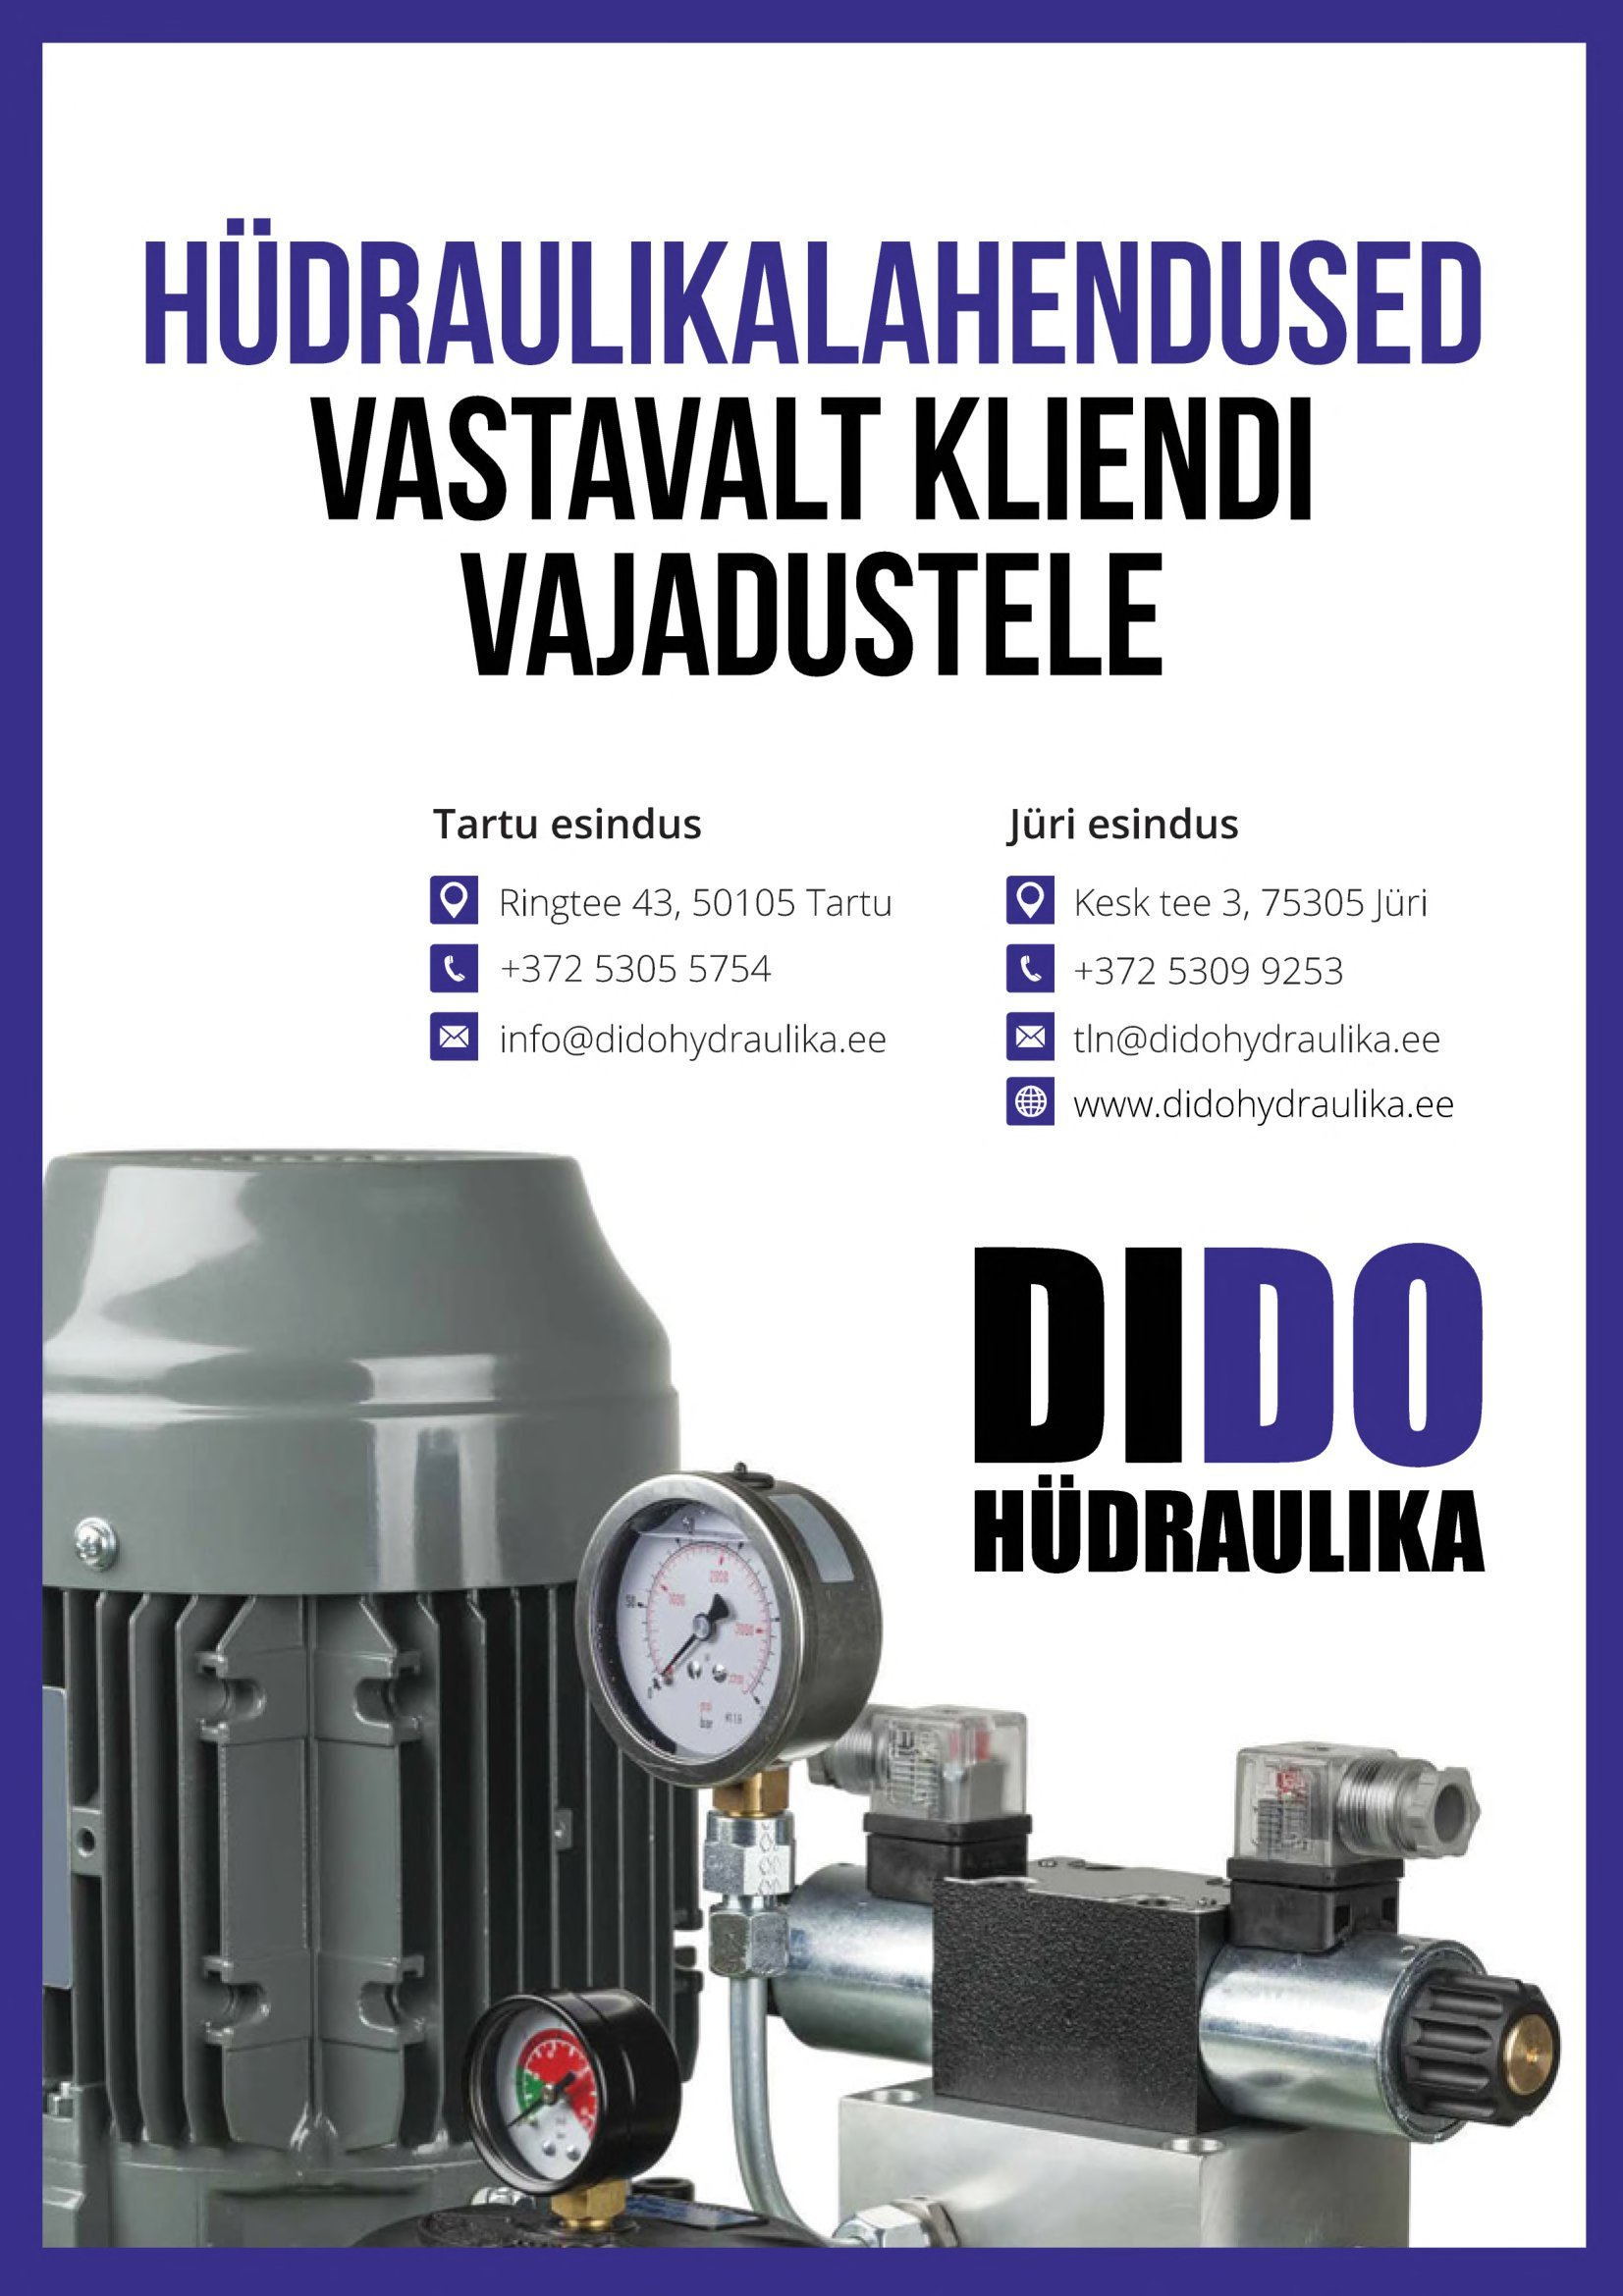
Language: et